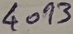
Text: 4093